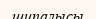
шипалысы